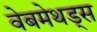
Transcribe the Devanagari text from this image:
वेबमेथड्स